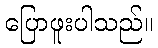
ပြောဖူးပါသည်။